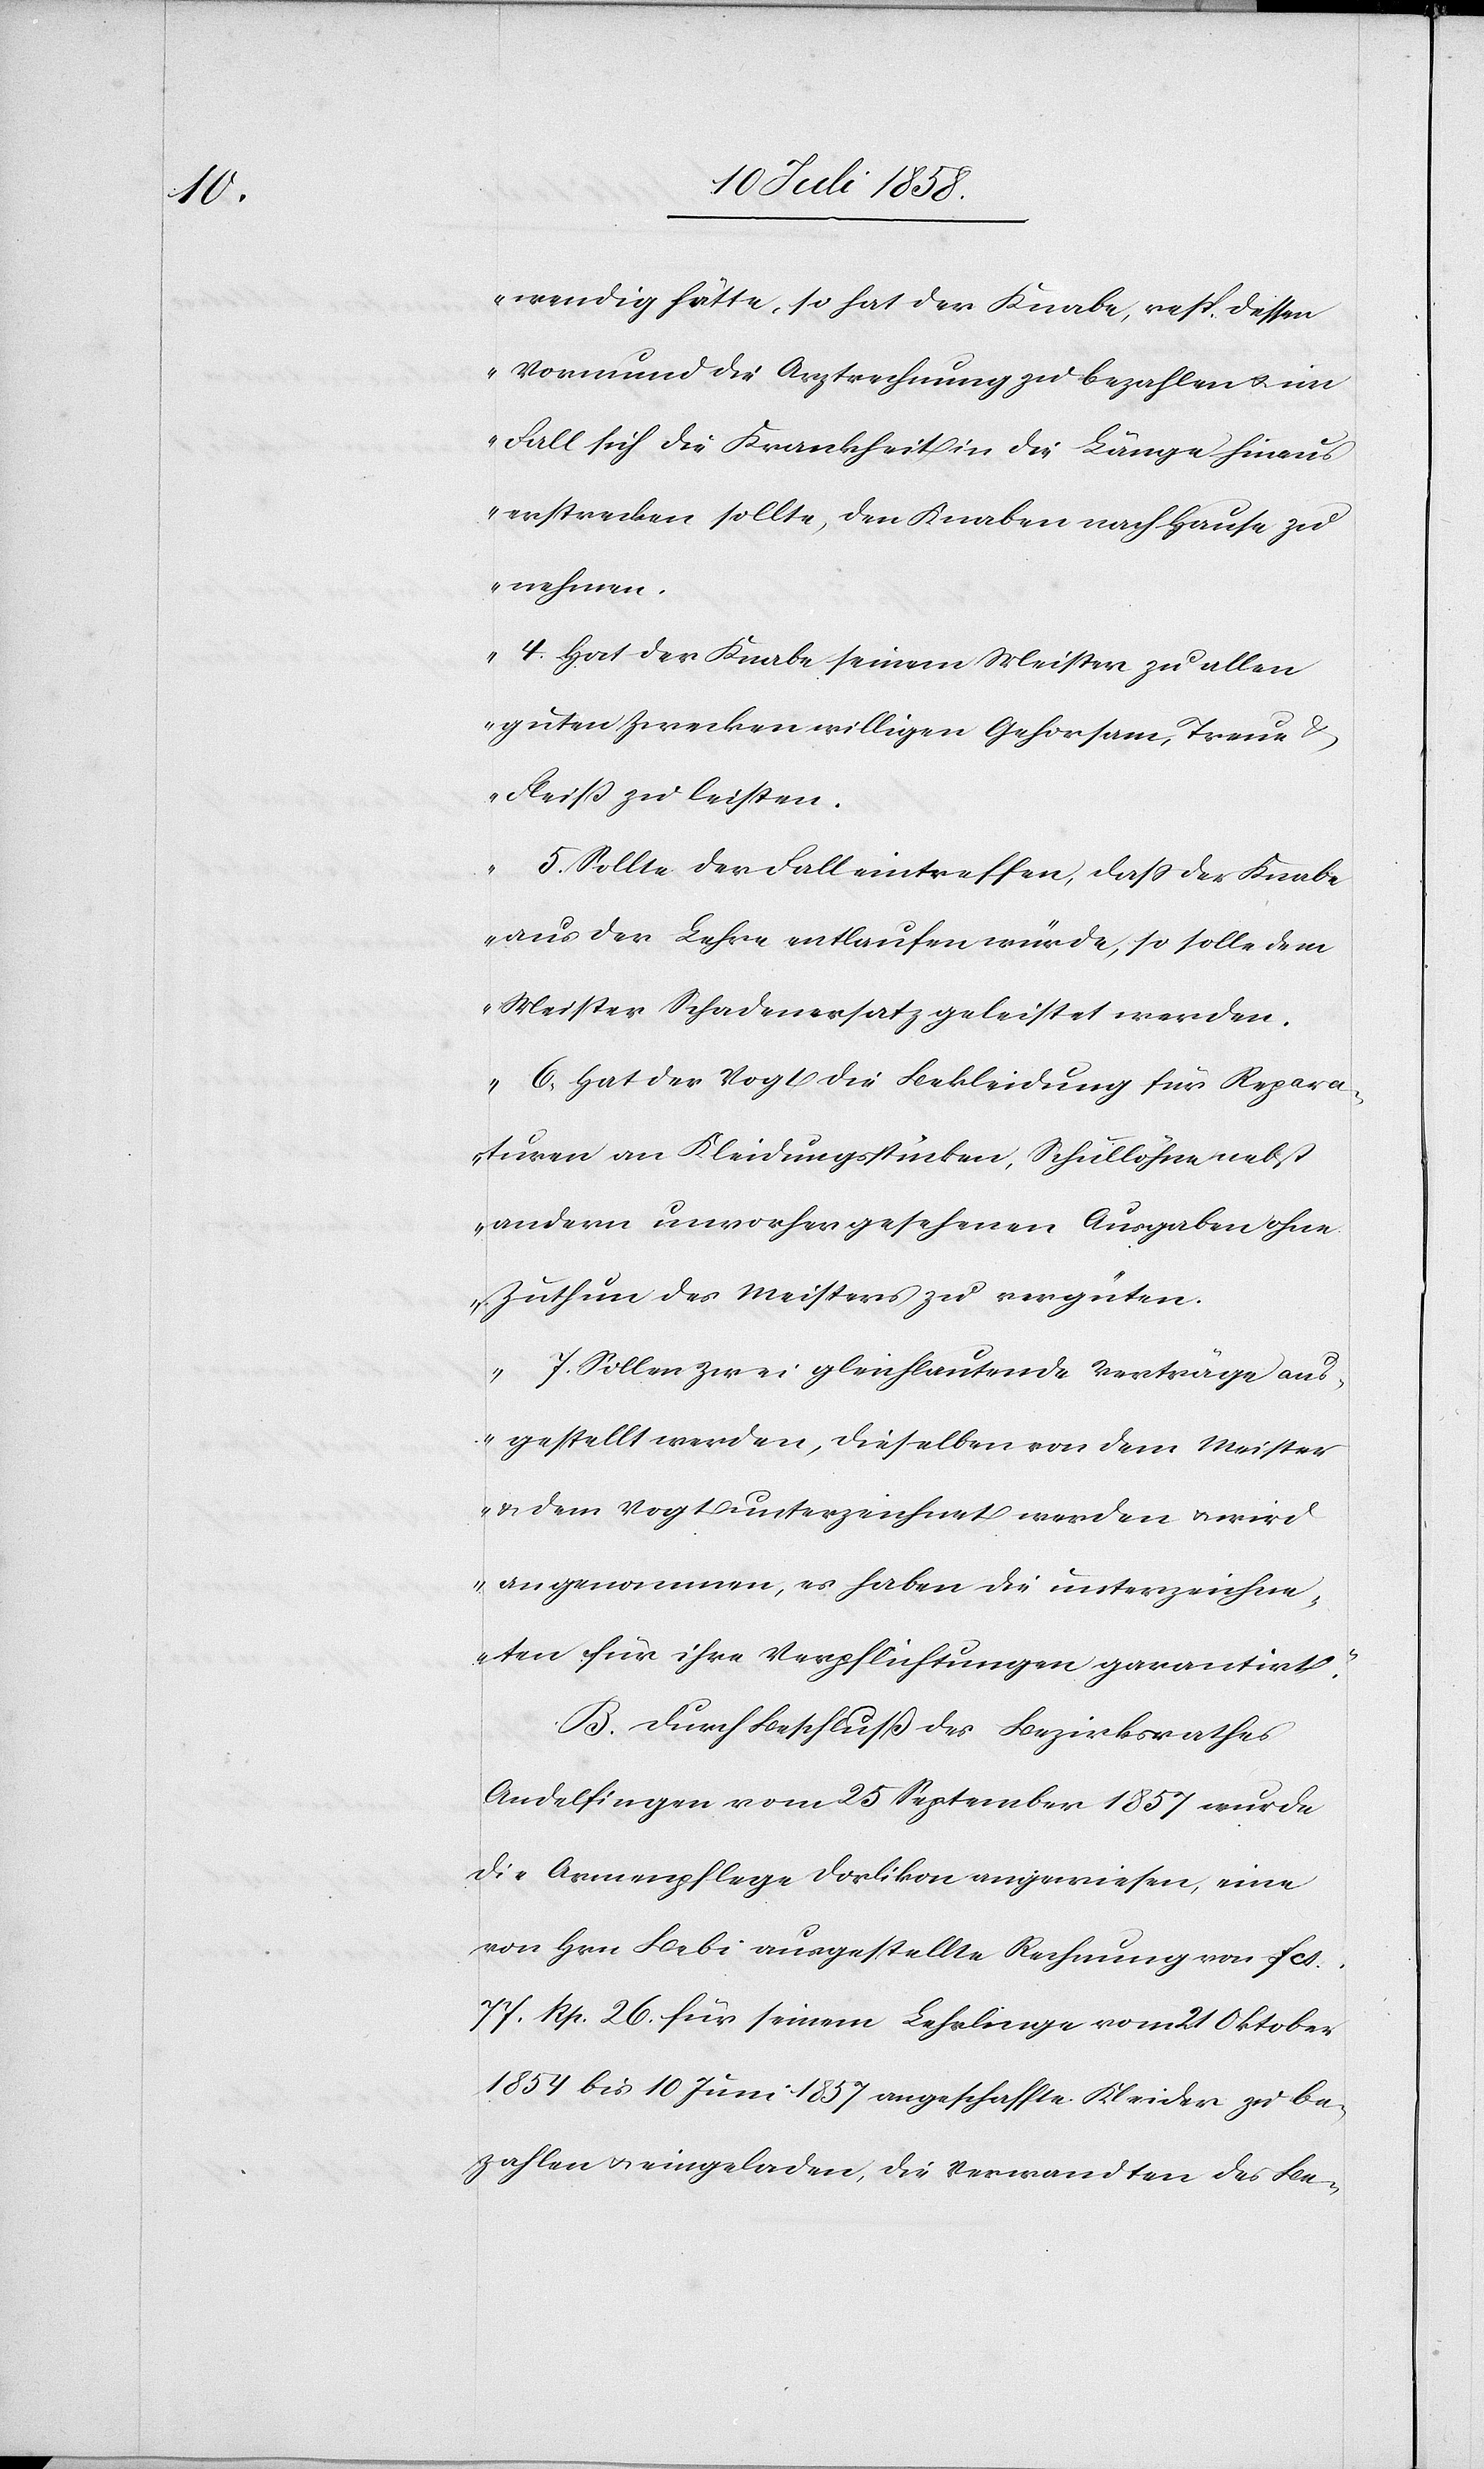
wendig hätte, so hat der Knabe, resp. dessen
Vormund die Arztrechnung zu bezahlen & im
Fall sich die Krankheit in die Länge hinaus
erstrecken sollte, den Knaben nach Hause zu
nehmen.
4. Hat der Knabe seinem Meister zu allen
guten Zwecken willigen Gehorsam, Treue &
Fleiß zu leisten.
5. Sollte der Fall eintreffen, dass der Knabe
aus der Lehre entlaufen würde, so solle dem
Meister Schadenersatz geleistet werden.
6. Hat der Vogt die Bekleidung für Repara¬
turen an Kleidungsstücken, Schullöhne nebst
andern unvorhergesehenen Ausgaben ohne
Zuthun des Meisters zu vergüten.
7. Sollen zwei gleichlautende Verträge aus¬
gestellt werden, dieselben von dem Meister
& dem Vogt unterzeichnet werden & wird
angenommen, es haben die unterzeichne¬
ten für ihre Verpflichtungen garantirt.“
B. Durch Beschluß des Bezirksrathes
Andelfingen vom 25 September 1857 wurde
die Armenpflege Dorlikon angewiesen, eine
von Hrn Bebi [sic!] ausgestellte Rechnung von Fcs.
77. Rp. 26. für seinem Lehrlinge vom 21 Oktober
1854 bis 10 Juni 1857 angeschaffte Kleider zu be¬
zahlen & eingeladen, die Verwandten des Be-